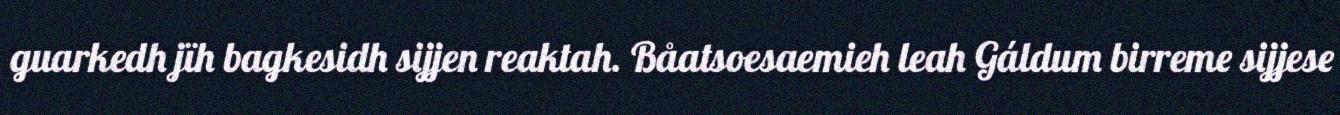
guarkedh jïh bagkesidh sijjen reaktah. Båatsoesaemieh leah Gáldum birreme sijjese